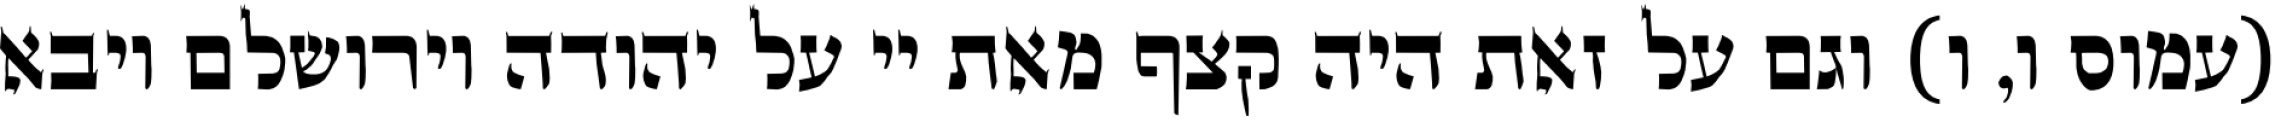
(עמוס ו, ו) וגם על זאת היה קצף מאת יי על יהודה וירושלם ויבא